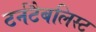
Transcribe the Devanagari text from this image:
टर्नटैबलिस्ट